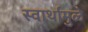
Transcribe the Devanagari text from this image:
स्वार्थामुळे